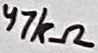
Text: 47kΩ